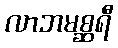
လာဘမစ္ဆရီ